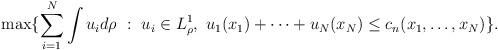
LaTeX: \begin{align*} \max \{\sum_{i=1}^N \int u_i d\rho \ : \ u_i \in L^1_\rho, \ u_1(x_1)+ \dots +u_N(x_N) \leq c_n (x_1, \dots, x_N)\}. \end{align*}